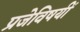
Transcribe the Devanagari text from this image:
प्रजेविषयीं